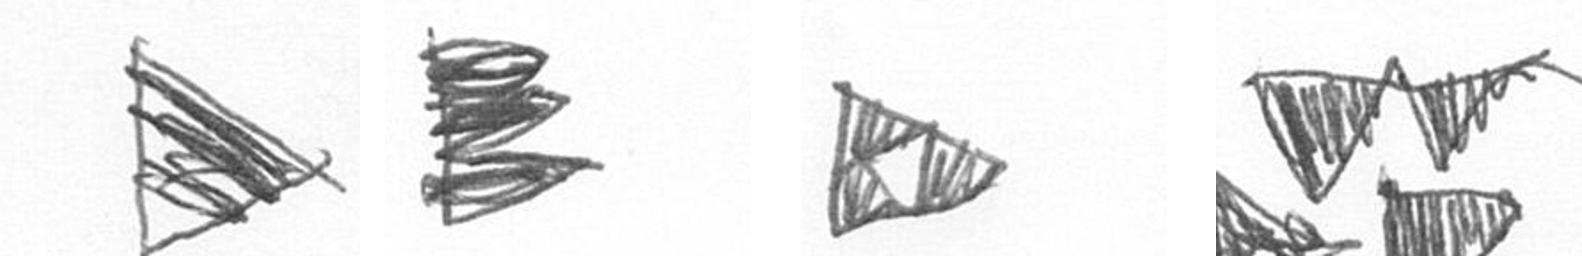
T H K B